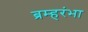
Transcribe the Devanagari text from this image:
ब्रम्हरंभा